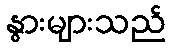
နွားများသည်